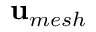
{ \bf u } _ { m e s h }